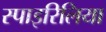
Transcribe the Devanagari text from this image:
स्पाइरिलिया